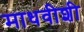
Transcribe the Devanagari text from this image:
माधवीशी